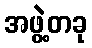
အဖွဲ့တခု